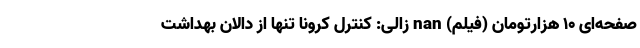
صفحه‌ای ۱۰ هزارتومان (فیلم) nan زالی: کنترل کرونا تنها از دالان بهداشت